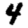
Digit: 4